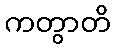
ကတွာတိ